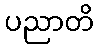
ပညာတိ